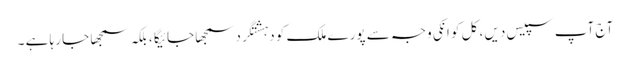
آج آپ سپیس دیں ، کل کو انکی وجہ سے پورے ملک کو دہشتگرد سمجھا جائیگا ، بلکہ سمجھا جا رہا ہے ۔